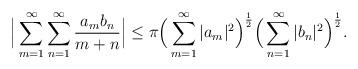
LaTeX: \begin{align*} \Big|\sum_{m=1}^\infty\sum_{n=1}^\infty\frac{a_mb_n}{m+n}\Big| \leq \pi\Big(\sum_{m=1}^\infty |a_m|^2\Big)^\frac{1}{2}\Big(\sum_{n=1}^\infty |b_n|^2\Big)^\frac{1}{2}. \end{align*}